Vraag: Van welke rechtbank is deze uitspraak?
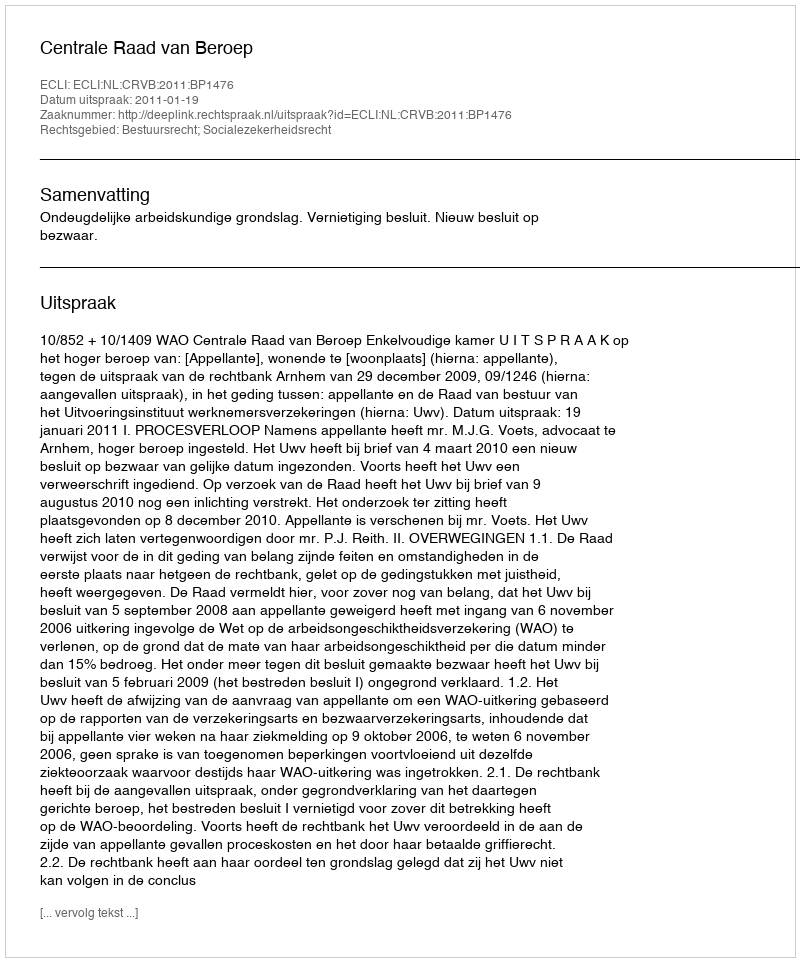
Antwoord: Centrale Raad van Beroep